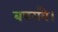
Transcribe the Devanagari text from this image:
बपरावै।